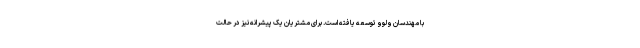
با مهندسان ولوو توسعه یافته است. برای مشتریان یک پیشرانه نیز در حالت